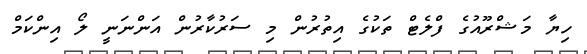
ހިޔާ މަޝްރޫއުގެ ފްލެޓް ތަކުގެ އިތުރުން މި ސަރުކާރުން އަންނަނީ ލޯ އިންކަމް